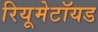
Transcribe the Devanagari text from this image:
रियूमेटॉयड